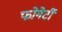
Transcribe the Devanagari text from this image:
फोगेर्टी